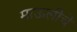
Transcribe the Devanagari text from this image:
माऊलीचे